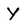
Character: y